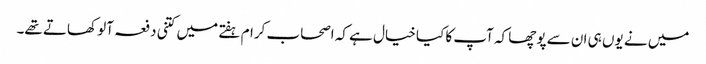
میں نے یوں ہی ان سے پوچھا کہ آپ کا کیا خیال ہے کہ اصحاب کرام ہفتے میں کتنی دفعہ آلو کھاتے تھے۔